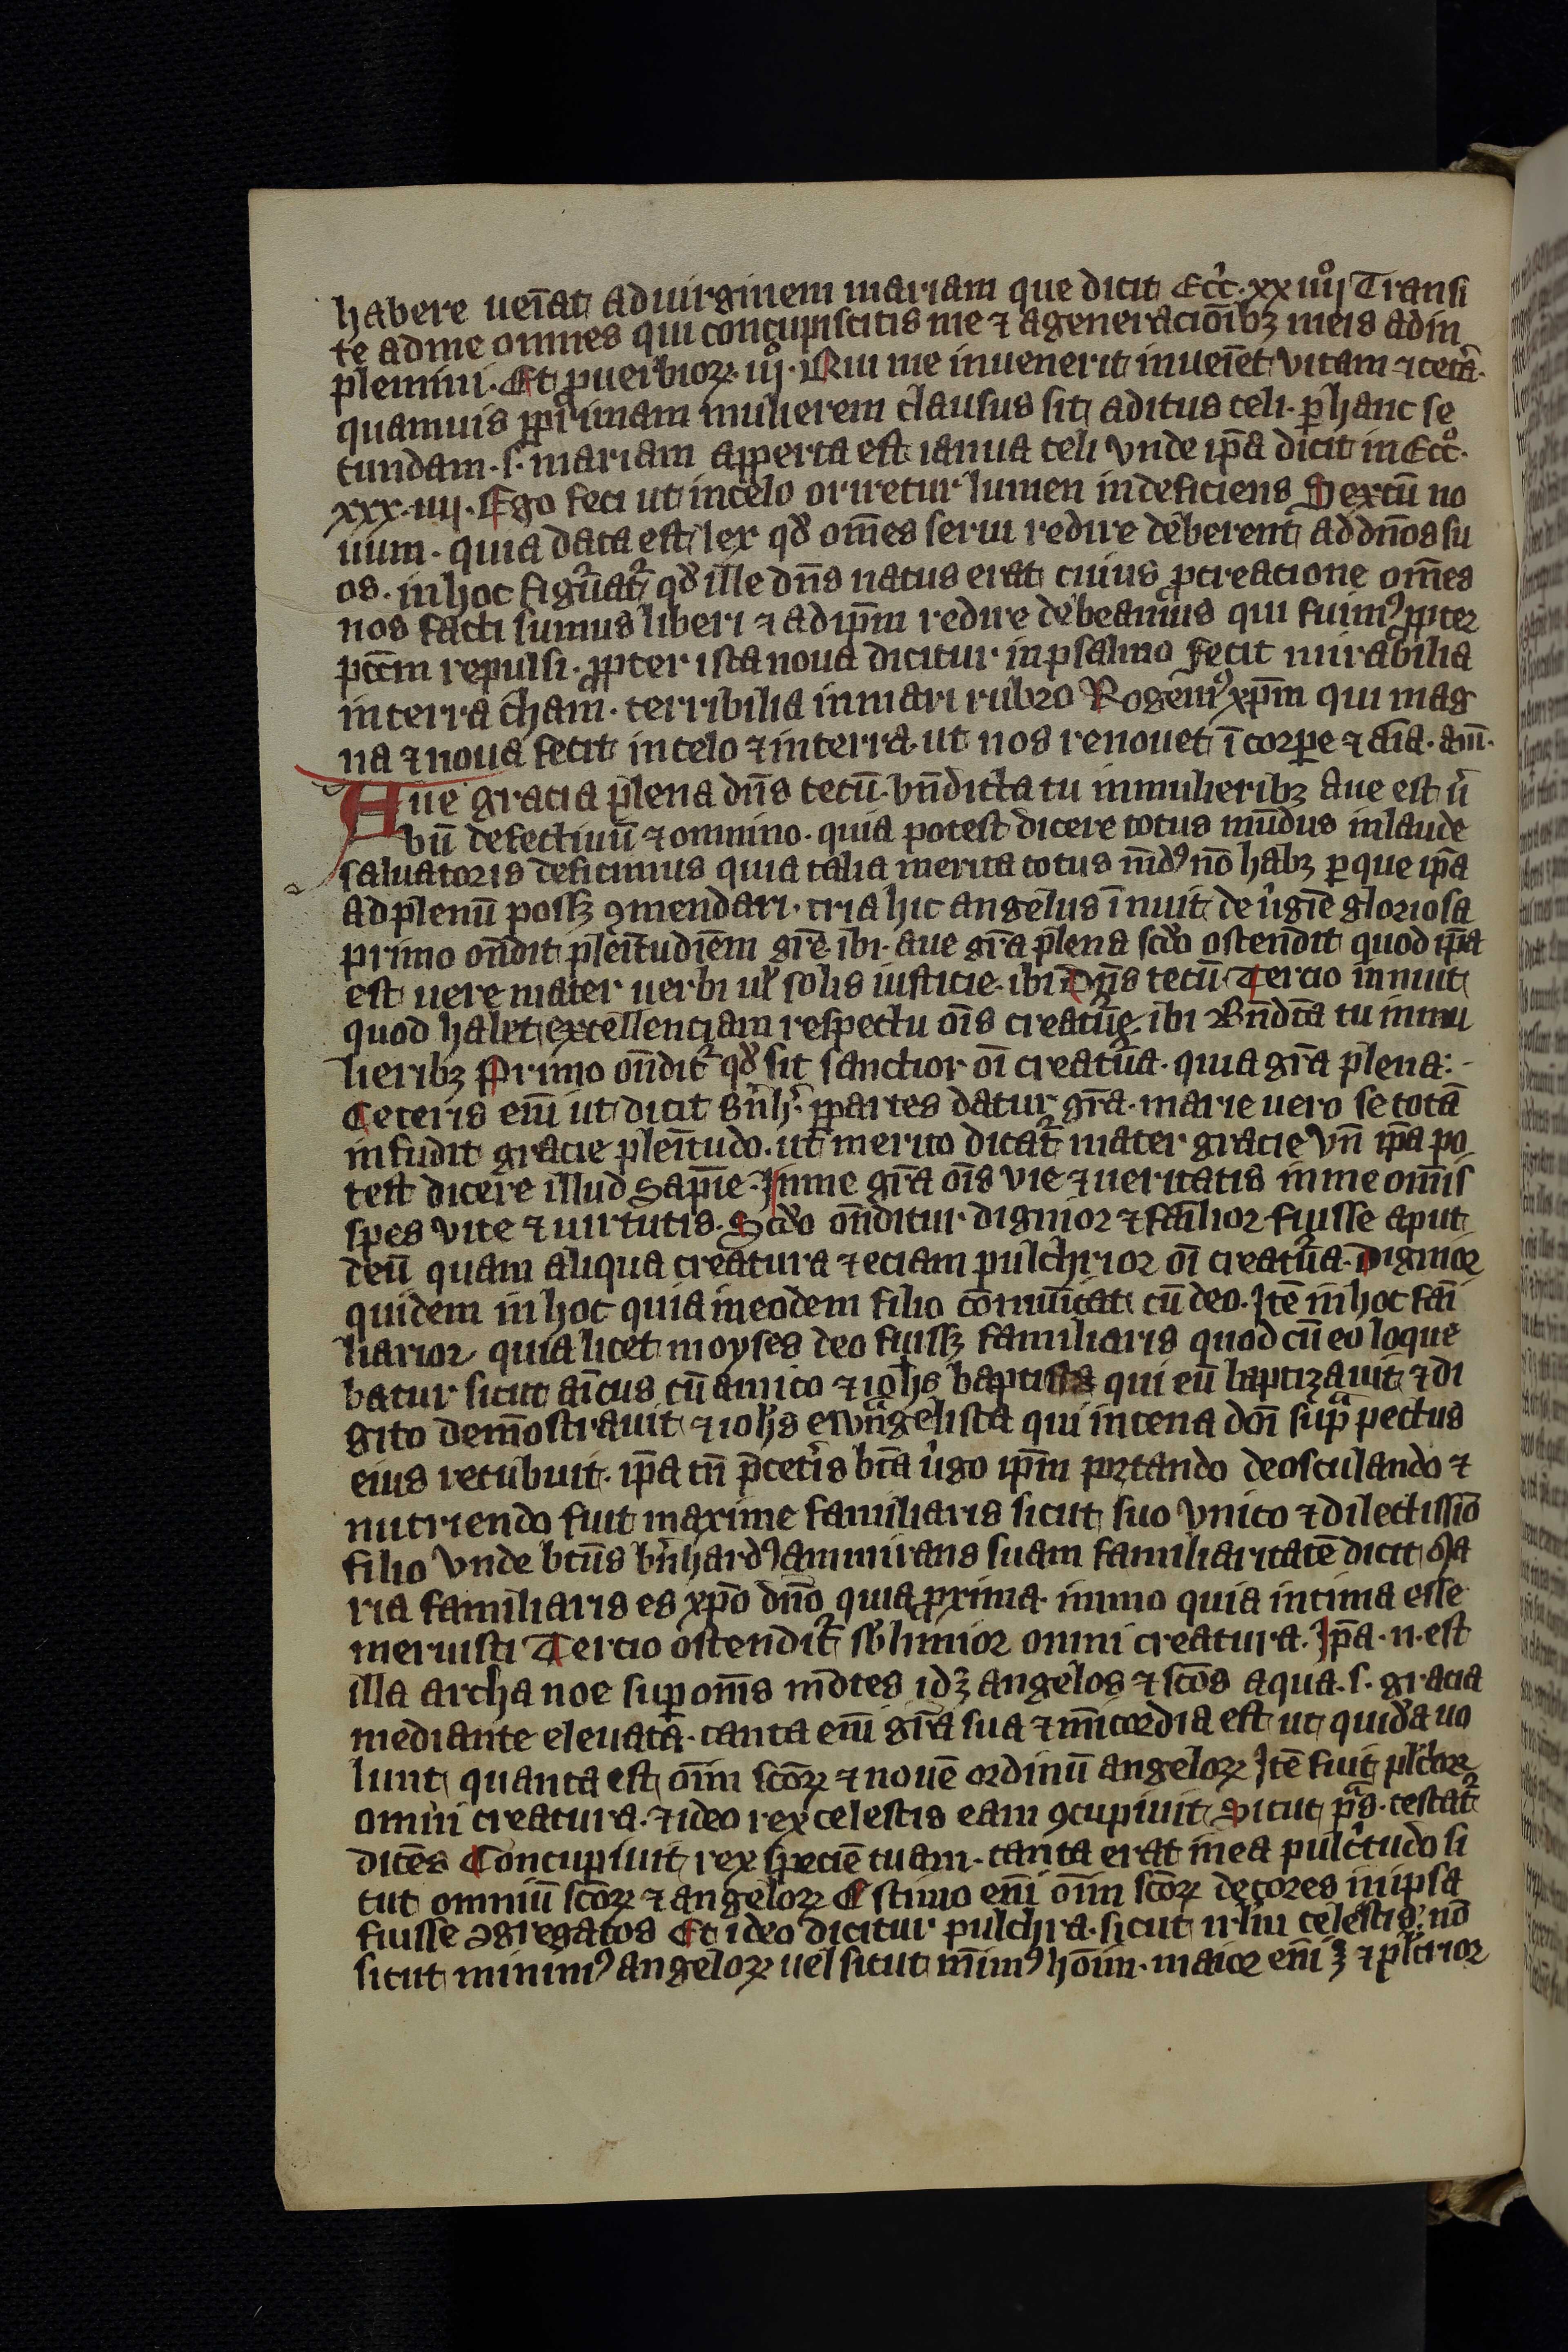
Shelfmark: Leipzig, Universitäts Bibliothek Leipzig, Ms 758
Century: 14